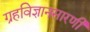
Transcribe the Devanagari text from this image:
ग्रहविज्ञानसारणी